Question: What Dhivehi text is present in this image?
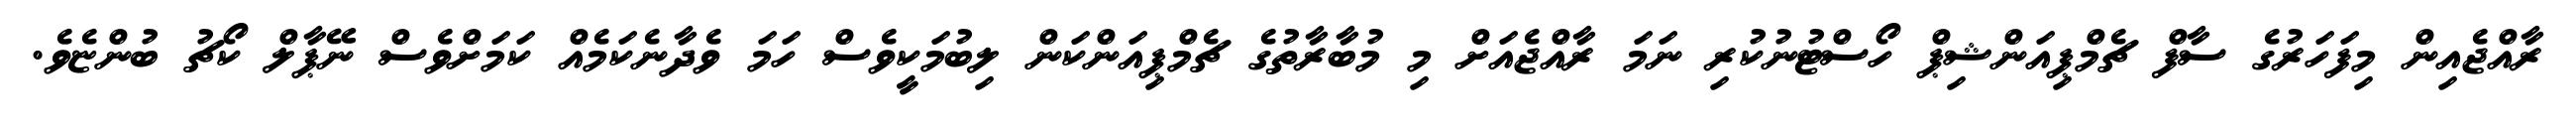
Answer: ރާއްޖެއިން މިފަހަރުގެ ސާފް ޗެމްޕިއަންޝިޕް ހޯސްޓުނުކުރި ނަމަ ރާއްޖެއަށް މި މުބާރާތުގެ ޗެމްޕިއަންކަން ލިބުމަކީވެސް ހަމަ ވެދާނެކަމެއް ކަމަށްވެސް ނޭޕާލް ކޯޗު ބުންޏެވެ.